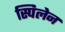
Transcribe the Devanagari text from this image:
स्पिलेन